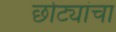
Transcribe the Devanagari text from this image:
छोट्यांचा